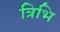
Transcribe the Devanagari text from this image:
त्रिभि